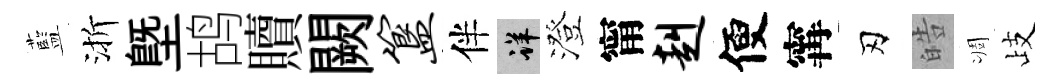
藍渐塈鸪贖闕簋伴详澄甯赳便𡩋刃皓凋歧